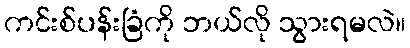
ကင်းစ်ပန်းခြံကို ဘယ်လို သွားရမလဲ။